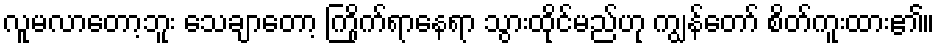
လူမလာတော့ဘူး သေချာတော့ ကြိုက်ရာနေရာ သွားထိုင်မည်ဟု ကျွန်တော် စိတ်ကူးထား၏။